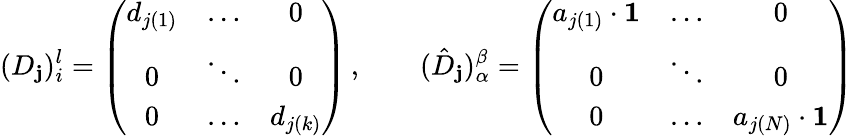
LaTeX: (D_{\mathbf{j}})_{i}^{l}=\left(\begin{array}{ccc}{{d_{j(1)}}}&{{\dots}}&{{0}}\\ {{0}}&{{\ddots}}&{{0}}\\ {{0}}&{{\dots}}&{{d_{j(k)}}}\end{array}\right)\, ,\qquad(\hat{{D}}_{\mathbf{j}})_{\alpha}^{\beta}=\left(\begin{array}{ccc}{{a_{j(1)}\cdot{\mathbf 1}}}&{{\dots}}&{{0}}\\ {{0}}&{{\ddots}}&{{0}}\\ {{0}}&{{\dots}}&{{a_{j(N)}\cdot{\mathbf 1}}}\end{array}\right)